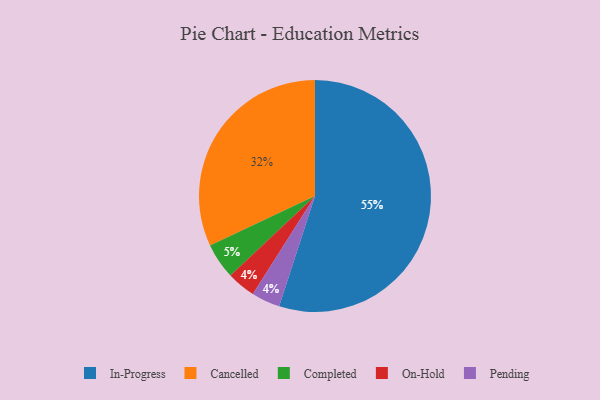
{"axis": {"x": "Category", "y": "Percentage"}, "legend": ["Cancelled", "Completed", "In-Progress", "On-Hold", "Pending"], "data": [{"x": "On-Hold", "y": 4, "type": "On-Hold"}, {"x": "Pending", "y": 4, "type": "Pending"}, {"x": "Completed", "y": 5, "type": "Completed"}, {"x": "Cancelled", "y": 32, "type": "Cancelled"}, {"x": "In-Progress", "y": 55, "type": "In-Progress"}]}